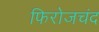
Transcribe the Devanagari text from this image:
फिरोजचंद